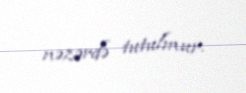
nəzərdə tutulmur.